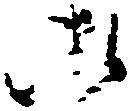
御